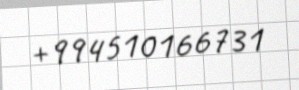
+994510166731